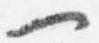
一